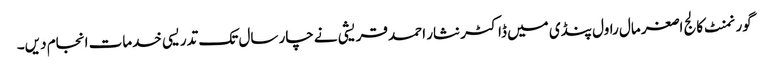
گورنمنٹ کالج اصغر مال راول پنڈی میں ڈاکٹر نثار احمد قریشی نے چار سال تک تدریسی خدمات انجام دیں۔